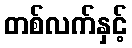
တစ်လက်နှင့်